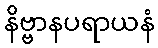
နိဗ္ဗာနပရာယနံ